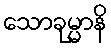
သောခုမ္မာနိ